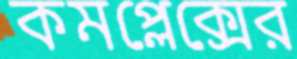
কমপ্লেক্সের